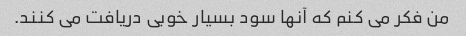
من فکر می کنم که آنها سود بسیار خوبی دریافت می کنند.